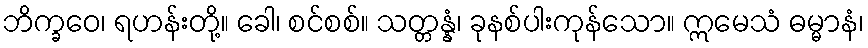
ဘိက္ခဝေ၊ ရဟန်းတို့။ ခေါ၊ စင်စစ်။ သတ္တန္နံ၊ ခုနစ်ပါးကုန်သော။ ဣမေသံ ဓမ္မာနံ၊